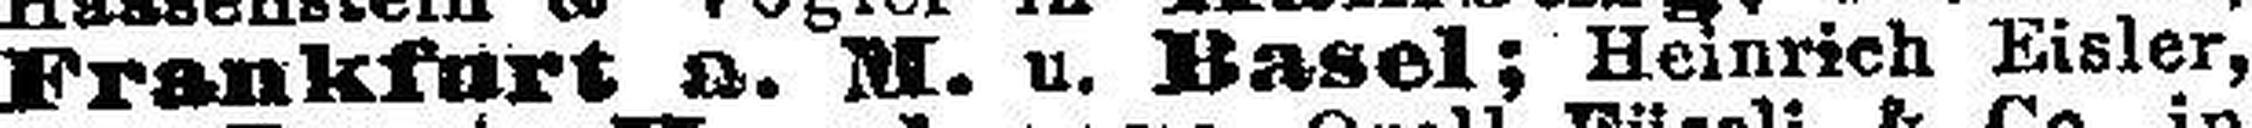
Frankfurt a. M. u. Basel; Heinrich Eisler,